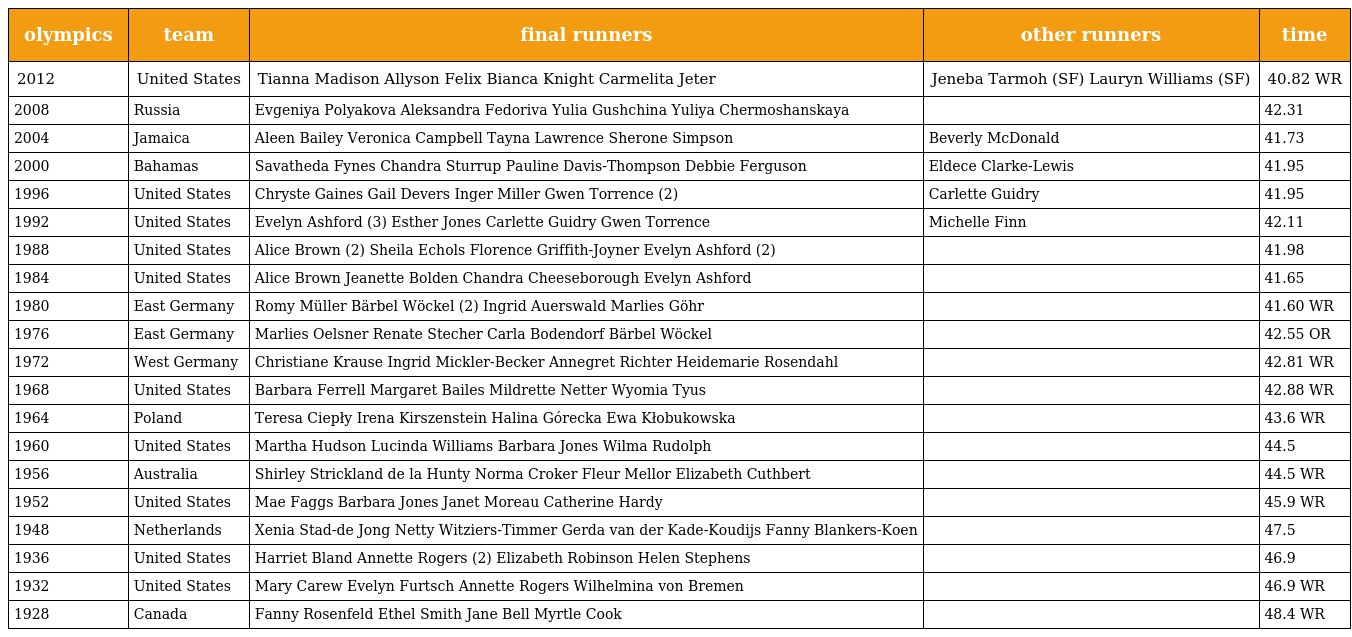
| olympics | team | final runners | other runners | time |
 | --- | --- | --- | --- | --- |
 | 2012 | United States | Tianna Madison Allyson Felix Bianca Knight Carmelita Jeter | Jeneba Tarmoh (SF) Lauryn Williams (SF) | 40.82 WR |
 | 2008 | Russia | Evgeniya Polyakova Aleksandra Fedoriva Yulia Gushchina Yuliya Chermoshanskaya |  | 42.31 |
 | 2004 | Jamaica | Aleen Bailey Veronica Campbell Tayna Lawrence Sherone Simpson | Beverly McDonald | 41.73 |
 | 2000 | Bahamas | Savatheda Fynes Chandra Sturrup Pauline Davis-Thompson Debbie Ferguson | Eldece Clarke-Lewis | 41.95 |
 | 1996 | United States | Chryste Gaines Gail Devers Inger Miller Gwen Torrence (2) | Carlette Guidry | 41.95 |
 | 1992 | United States | Evelyn Ashford (3) Esther Jones Carlette Guidry Gwen Torrence | Michelle Finn | 42.11 |
 | 1988 | United States | Alice Brown (2) Sheila Echols Florence Griffith-Joyner Evelyn Ashford (2) |  | 41.98 |
 | 1984 | United States | Alice Brown Jeanette Bolden Chandra Cheeseborough Evelyn Ashford |  | 41.65 |
 | 1980 | East Germany | Romy Müller Bärbel Wöckel (2) Ingrid Auerswald Marlies Göhr |  | 41.60 WR |
 | 1976 | East Germany | Marlies Oelsner Renate Stecher Carla Bodendorf Bärbel Wöckel |  | 42.55 OR |
 | 1972 | West Germany | Christiane Krause Ingrid Mickler-Becker Annegret Richter Heidemarie Rosendahl |  | 42.81 WR |
 | 1968 | United States | Barbara Ferrell Margaret Bailes Mildrette Netter Wyomia Tyus |  | 42.88 WR |
 | 1964 | Poland | Teresa Ciepły Irena Kirszenstein Halina Górecka Ewa Kłobukowska |  | 43.6 WR |
 | 1960 | United States | Martha Hudson Lucinda Williams Barbara Jones Wilma Rudolph |  | 44.5 |
 | 1956 | Australia | Shirley Strickland de la Hunty Norma Croker Fleur Mellor Elizabeth Cuthbert |  | 44.5 WR |
 | 1952 | United States | Mae Faggs Barbara Jones Janet Moreau Catherine Hardy |  | 45.9 WR |
 | 1948 | Netherlands | Xenia Stad-de Jong Netty Witziers-Timmer Gerda van der Kade-Koudijs Fanny Blankers-Koen |  | 47.5 |
 | 1936 | United States | Harriet Bland Annette Rogers (2) Elizabeth Robinson Helen Stephens |  | 46.9 |
 | 1932 | United States | Mary Carew Evelyn Furtsch Annette Rogers Wilhelmina von Bremen |  | 46.9 WR |
 | 1928 | Canada | Fanny Rosenfeld Ethel Smith Jane Bell Myrtle Cook |  | 48.4 WR |